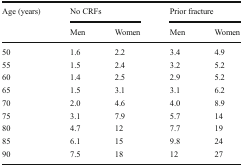
| <ROWSPAN=2> Age (years) | <COLSPAN=2> No CRFs | <COLSPAN=2> Prior fracture |
 | Men | Women | Men | Women |
 | --- | --- | --- | --- | --- |
 | 50 | 1.6 | 2.2 | 3.4 | 4.9 |
 | 55 | 1.5 | 2.4 | 3.2 | 5.2 |
 | 60 | 1.4 | 2.5 | 2.9 | 5.2 |
 | 65 | 1.5 | 3.1 | 3.1 | 6.2 |
 | 70 | 2.0 | 4.6 | 4.0 | 8.9 |
 | 75 | 3.1 | 7.9 | 5.7 | 14 |
 | 80 | 4.7 | 12 | 7.7 | 19 |
 | 85 | 6.1 | 15 | 9.8 | 24 |
 | 90 | 7.5 | 18 | 12 | 27 |